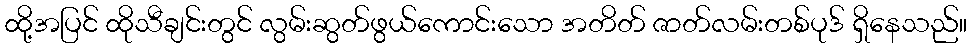
ထို့အပြင် ထိုသီချင်းတွင် လွမ်းဆွတ်ဖွယ်ကောင်းသော အတိတ် ဇာတ်လမ်းတစ်ပုဒ် ရှိနေသည်။